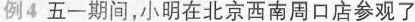
例4五一期间，小明在北京西南周口店参观了